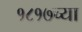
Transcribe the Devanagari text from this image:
१८१७च्या